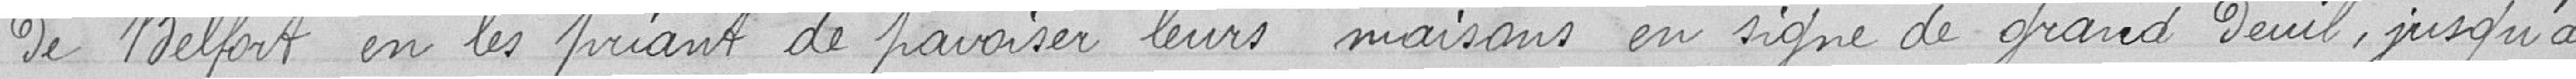
de Belfort en les priant de pavoiser leurs maisons en signe de grand deuil, jusqu'au